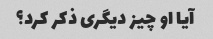
آیا او چیز دیگری ذکر کرد؟